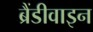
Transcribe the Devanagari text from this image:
ब्रैंडीवाइन